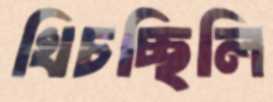
খিচচ্ছিলি